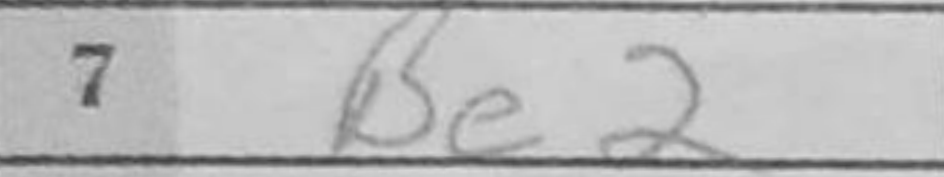
Transcription: Be2